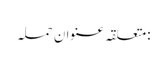
:متعلقہ عنوان حملہ